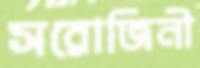
সরোজিনী